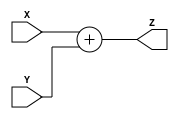
module Adder_(
    input [3:0] X,
    input [3:0] Y,
    output [4:0] Z
);

    assign Z = X + Y;

endmodule